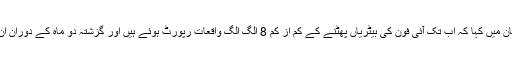
کونسل نے اپنے باضابطہ بیان میں کہا کہ اب تک آئی فون کی بیٹریاں پھٹنے کے کم از کم 8 الگ الگ واقعات رپورٹ ہوئے ہیں اور گزشتہ دو ماہ کے دوران ان شکایات میں اضافہ ہوا ہے۔